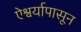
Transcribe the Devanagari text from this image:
ऐश्वर्यापासून